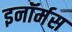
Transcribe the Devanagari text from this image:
इनॉर्मस